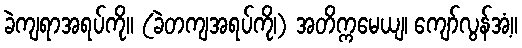
ခဲကျရာအရပ်ကို။ (ခဲတကျအရပ်ကို၊) အတိက္ကမေယျ၊ ကျော်လွန်အံ့။